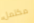
مكتمل